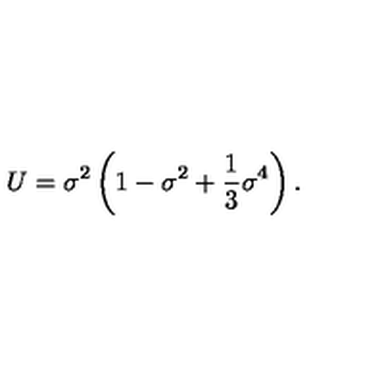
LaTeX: U = { \sigma } ^ { 2 } \left( 1 - { \sigma } ^ { 2 } + \frac { 1 } { 3 } { \sigma } ^ { 4 } \right) .